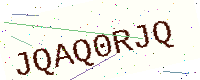
Text: JQAQ0RJQ